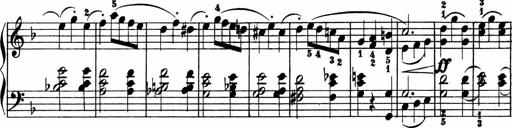
Title: 2 instructive Sonatinen
Composer: Paul Schumacher